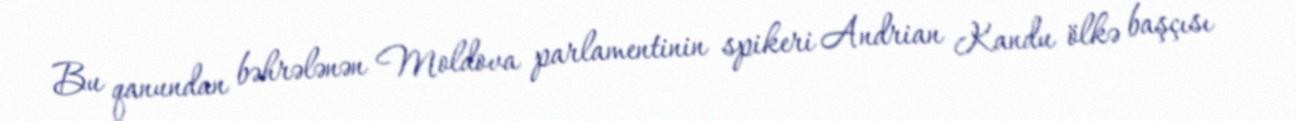
Bu qanundan bəhrələnən Moldova parlamentinin spikeri Andrian Kandu ölkə başçısı